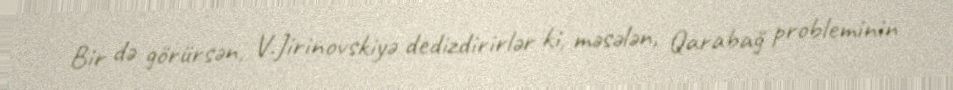
Bir də görürsən, V.Jirinovskiyə dedizdirirlər ki, məsələn, Qarabağ probleminin